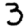
Digit: 3